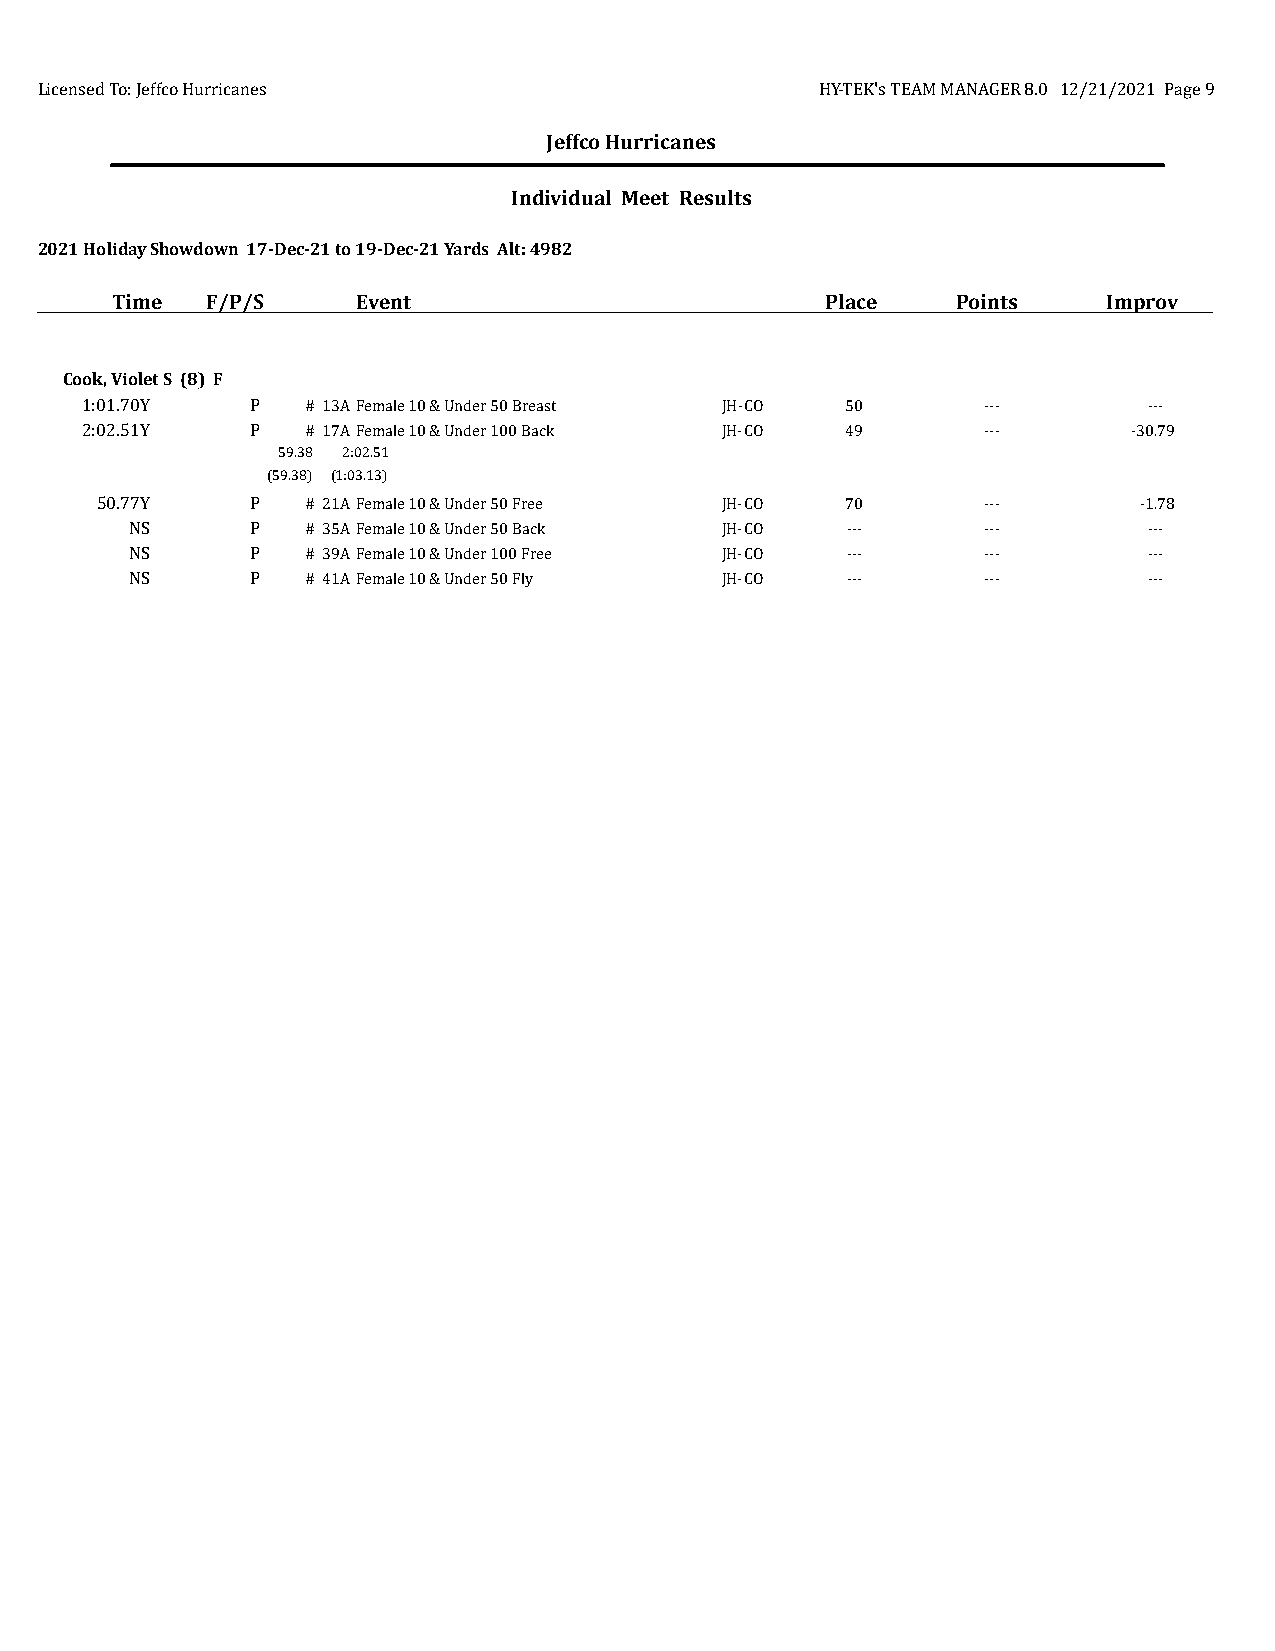
Licensed To: Jeffco Hurricanes                      HY-TEK's TEAM MANAGER 8.0 12/21/2021 Page 9
 Jeffco Hurricanes
 Individual Meet Results
 2021 Holiday Showdown 17-Dec-21 to 19-Dec-21 Yards Alt: 4982
 Time   F/P/S     Event                          Place   Points    Improv
 Cook, Violet S (8) F
 1:01.70Y    P  # 13AFemale 10 & Under 50 Breast JH-CO 50    ---        ---
 2:02.51Y    P  # 17AFemale 10 & Under 100 Back JH-CO 49     ---       -30.79
 59.38 2:02.51
 (59.38) (1:03.13)
 50.77Y     P  # 21AFemale 10 & Under 50 Free JH-CO 70      ---       -1.78
 NS      P  # 35AFemale 10 & Under 50 Back JH-CO ---     ---        ---
 NS      P  # 39AFemale 10 & Under 100 Free JH-CO ---    ---        ---
 NS      P  # 41AFemale 10 & Under 50 Fly JH-CO ---      ---        ---